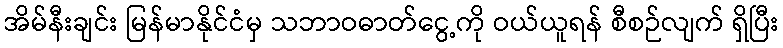
အိမ်နီးချင်း မြန်မာနိုင်ငံမှ သဘာဝဓာတ်ငွေ့ကို ဝယ်ယူရန် စီစဉ်လျက် ရှိပြီး